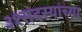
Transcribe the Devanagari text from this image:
३१सदस्यांच्या